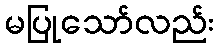
မပြုသော်လည်း